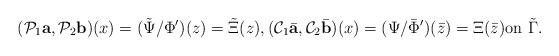
LaTeX: \begin{align*}(\mathcal P_1 {\mbox{\bf a}},\mathcal P_2 {\mbox{\bf b}})(x)=(\tilde\Psi/\Phi')(z)=\tilde\Xi(z),(\mathcal C_1 \bar{\mbox{\bf a}},\mathcal C_2\bar {\mbox{\bf b}})(x)=(\Psi/\bar\Phi')(\bar z)=\Xi (\bar z)\mbox{on}\,\,\tilde \Gamma.\end{align*}